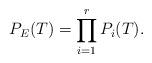
LaTeX: \begin{align*}P_E(T)=\prod_{i=1}^r P_i(T).\end{align*}